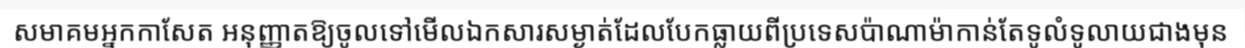
សមាគមអ្នកកាសែត អនុញ្ញាតឱ្យចូលទៅមើលឯកសារសម្ងាត់ដែលបែកធ្លាយពីប្រទេសប៉ាណាម៉ាកាន់តែទូលំទូលាយជាងមុន